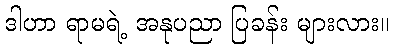
ဒါဟာ ရာမရဲ့ အနုပညာ ပြခန်း များလား။